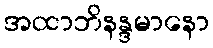
အထာဘိနန္ဒမာနော